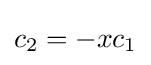
c_{2}=-xc_{1}